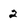
Character: 2